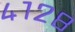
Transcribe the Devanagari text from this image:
४१२८